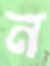
ন